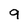
Character: 9